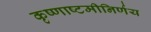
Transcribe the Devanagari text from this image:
कृष्णाष्टमीनिर्णय